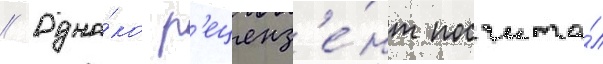
// Одна́ко р'еценз'е́нт посчита́л